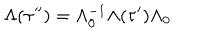
\Lambda ( \tau ^ { \prime \prime } ) = \Lambda _ { 0 } ^ { - 1 } \Lambda ( \tau ^ { \prime } ) \Lambda _ { 0 }